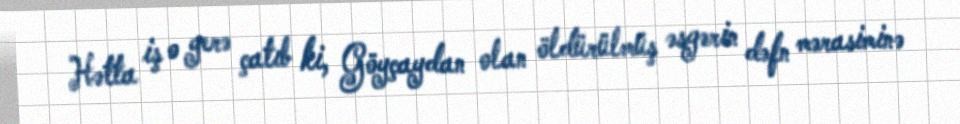
Hətta iş o yerə çatıb ki, Göyçaydan olan öldürülmüş əsgərin dəfn mərasiminə